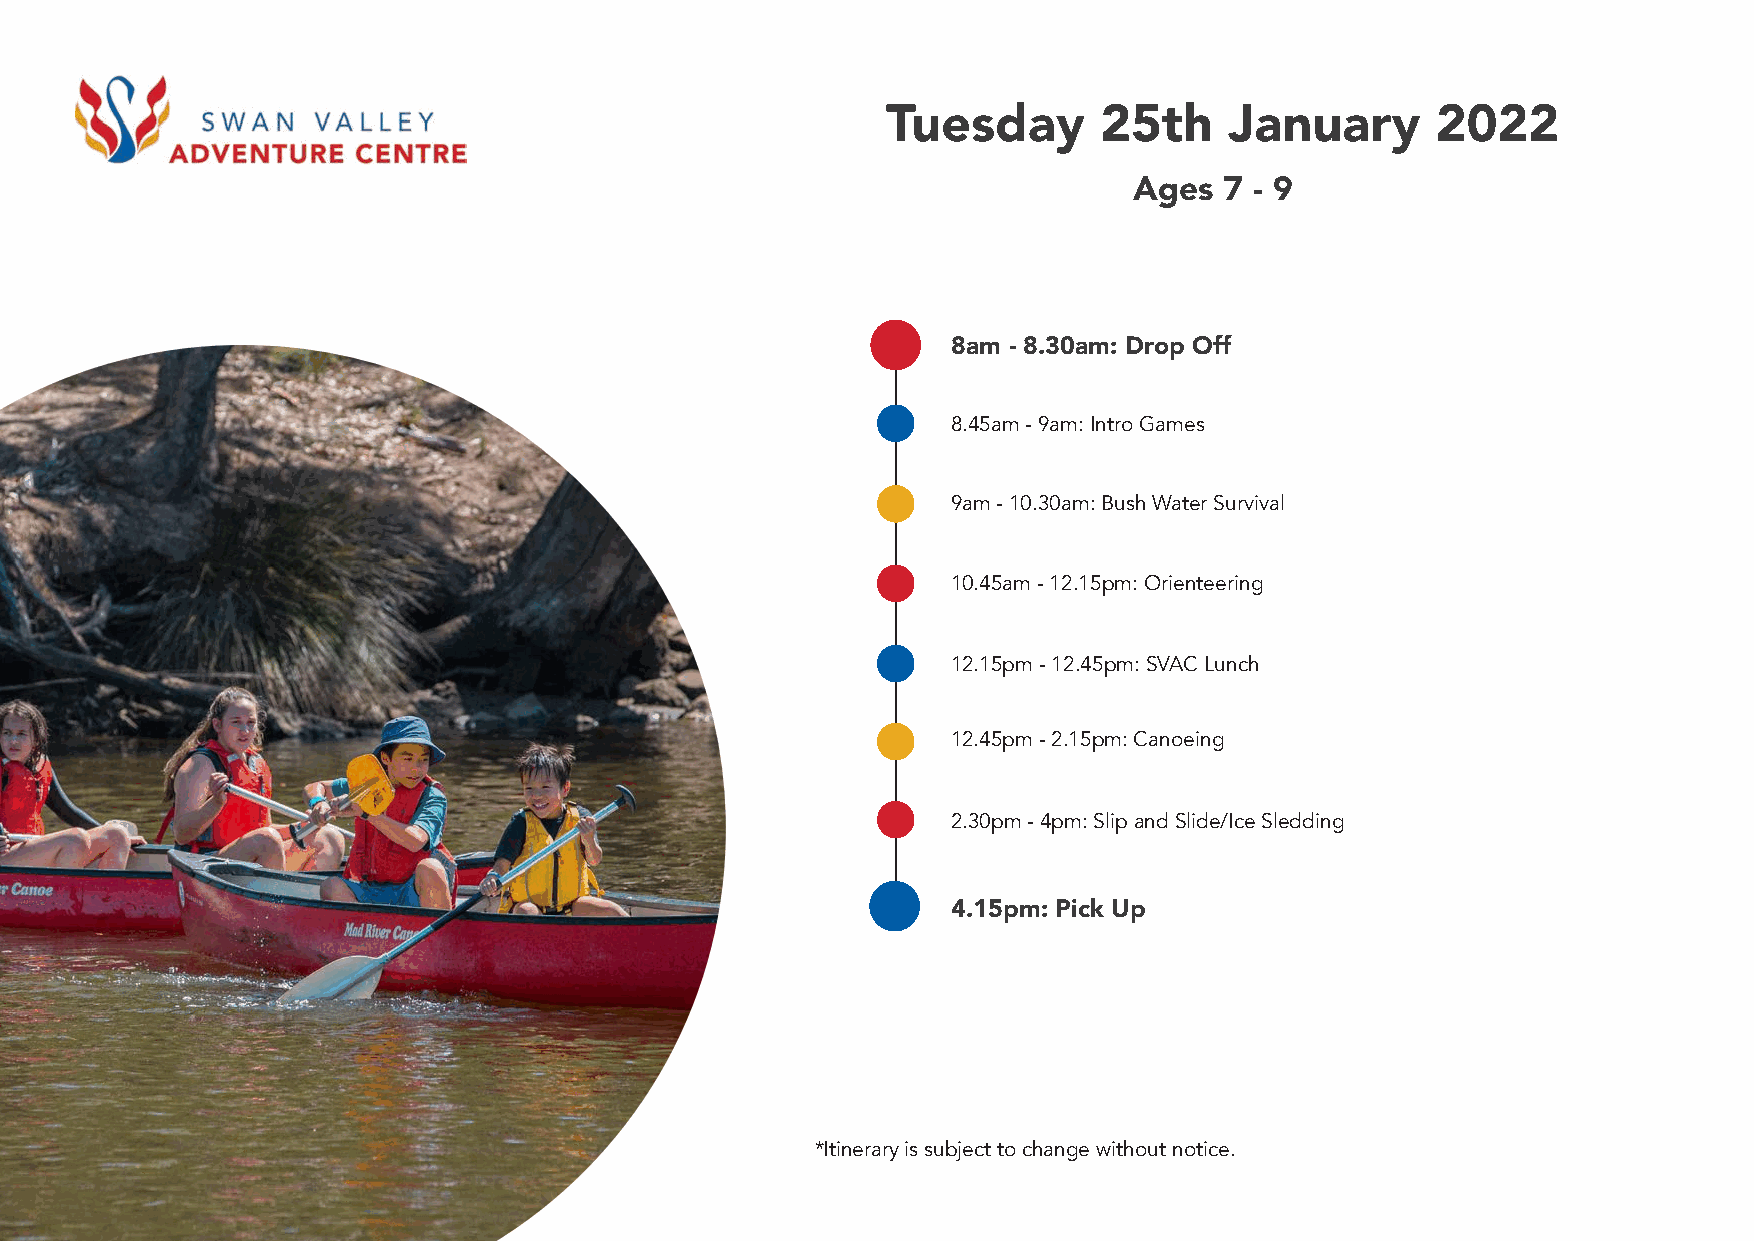
Tuesday       25th    January       2022
 Ages  7 - 9
 8am - 8.30am: Drop Off
 8.45am - 9am: Intro Games
 9am - 10.30am: Bush Water Survival
 10.45am - 12.15pm: Orienteering
 12.15pm - 12.45pm: SVAC Lunch
 12.45pm - 2.15pm: Canoeing
 2.30pm - 4pm: Slip and Slide/Ice Sledding
 4.15pm: Pick Up
 *Itinerary is subject to change without notice.